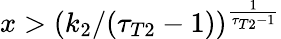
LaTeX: x>\left(k_{2}/(\tau_{T2}-1)\right)^{\frac{1}{\tau_{T2}-1}}